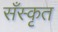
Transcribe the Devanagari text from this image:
सँस्कृत